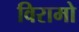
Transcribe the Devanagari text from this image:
विरामो